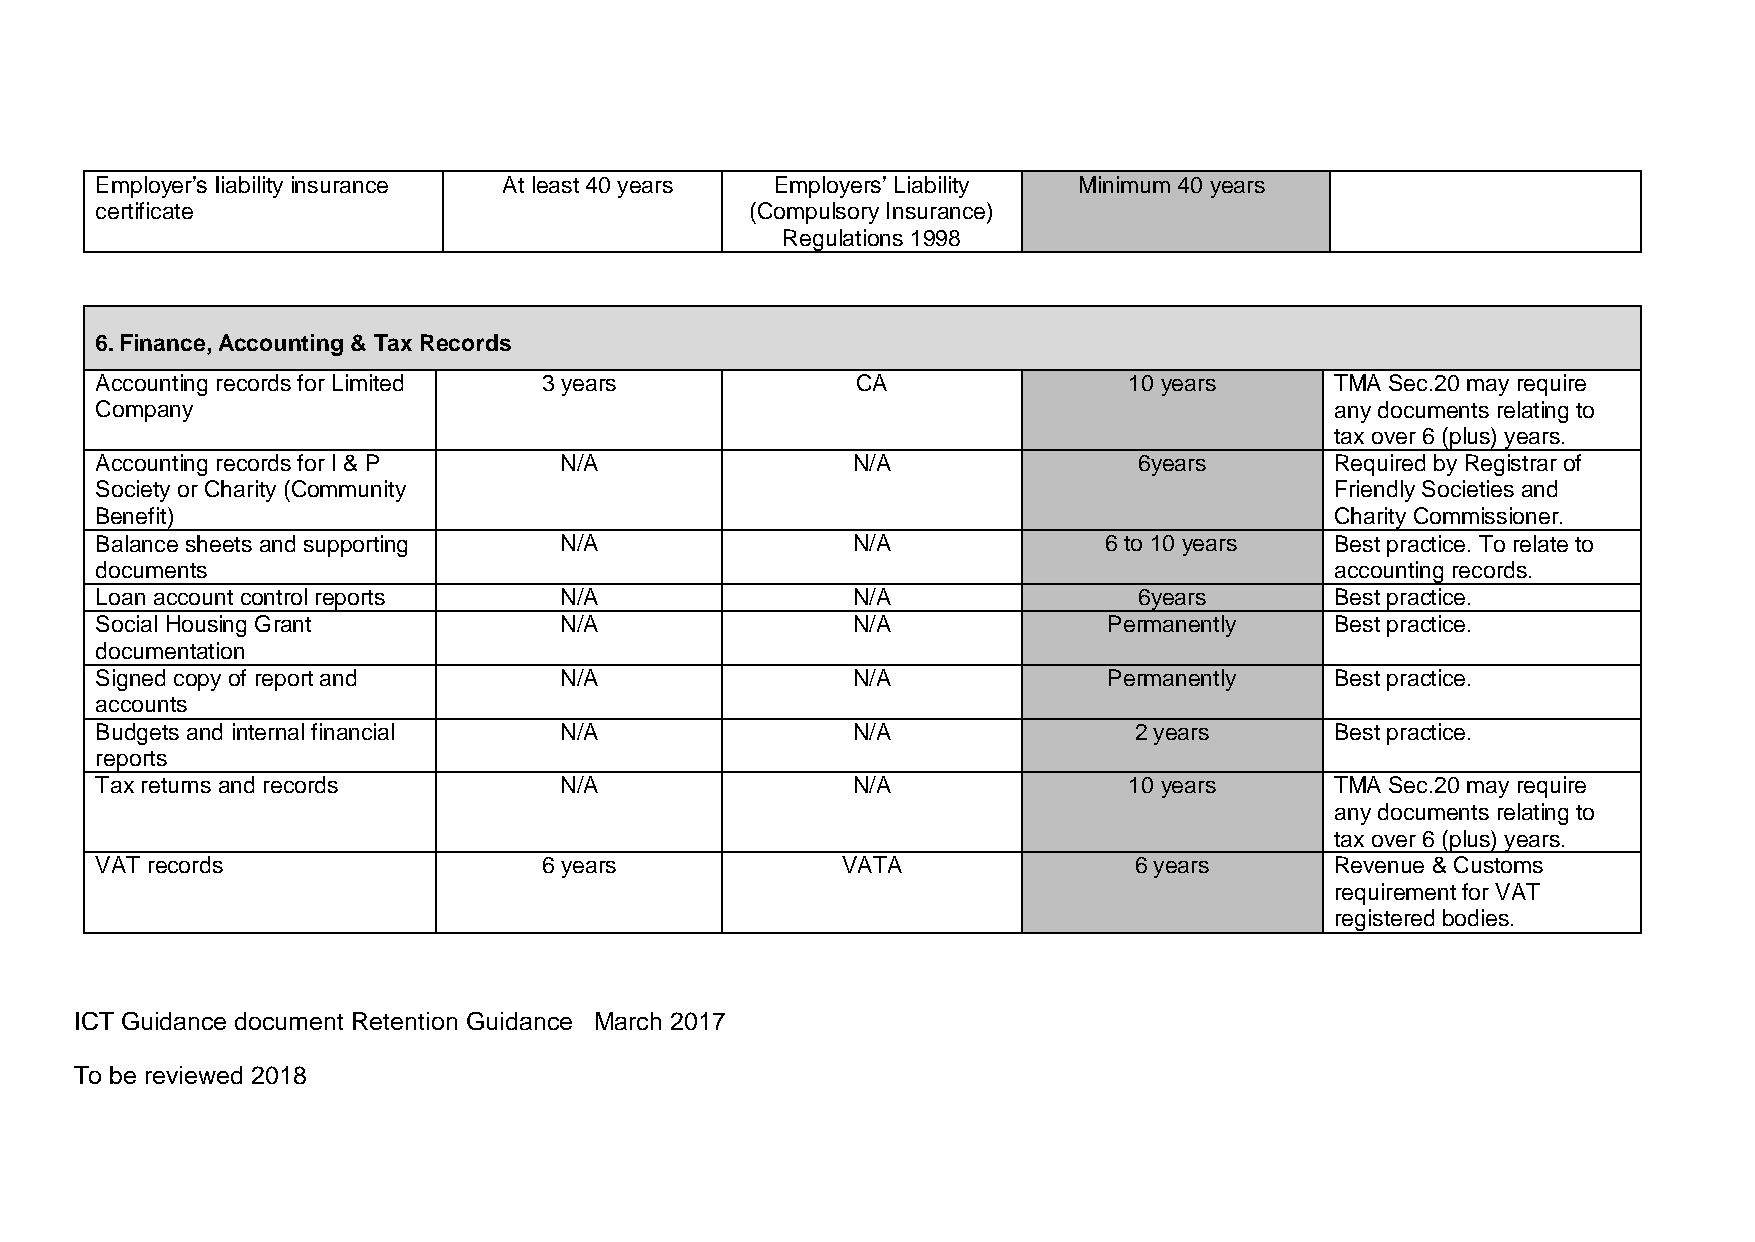
Employer’s liability insurance At least 40 years Employers’ Liability Minimum 40 years
 certificate                                 (Compulsory Insurance)
 Regulations 1998
 6. Finance, Accounting & Tax Records
 Accounting records for Limited 3 years             CA                10 years     TMA Sec.20 may require
 Company                                                                           any documents relating to
 tax over 6 (plus) years.
 Accounting records for I & P   N/A                N/A                6years       Required by Registrar of
 Society or Charity (Community                                                     Friendly Societies and
 Benefit)                                                                          Charity Commissioner.
 Balance sheets and supporting  N/A                N/A              6 to 10 years  Best practice. To relate to
 documents                                                                         accounting records.
 Loan account control reports   N/A                N/A                6years       Best practice.
 Social Housing Grant           N/A                N/A              Permanently    Best practice.
 documentation
 Signed copy of report and      N/A                N/A              Permanently    Best practice.
 accounts
 Budgets and internal financial N/A                N/A                2 years      Best practice.
 reports
 Tax returns and records        N/A                N/A                10 years     TMA Sec.20 may require
 any documents relating to
 tax over 6 (plus) years.
 VAT records                   6 years             VATA               6 years      Revenue & Customs
 requirement for VAT
 registered bodies.
 ICT Guidance document Retention Guidance March 2017
 To be reviewed 2018